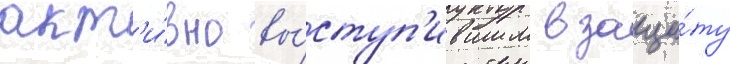
акт'и́вно вы́ступ'ившим в защи́ту